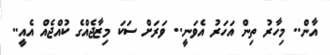
އާން.. މިހާރު ތިން އަހަރު އެވަނީ.. ވަރަށް ސަކަ މިޒާޖެއްގެ ކުއްޖެއް އެއީ..